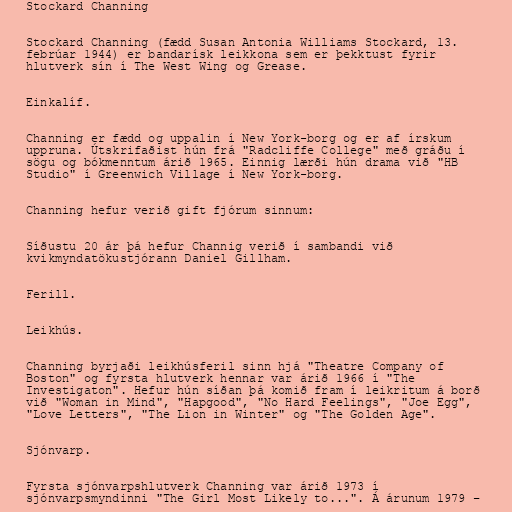
Stockard Channing

Stockard Channing (fædd Susan Antonia Williams Stockard, 13.
febrúar 1944) er bandarísk leikkona sem er þekktust fyrir
hlutverk sín í The West Wing og Grease.

Einkalíf.

Channing er fædd og uppalin í New York-borg og er af írskum
uppruna. Útskrifaðist hún frá "Radcliffe College" með gráðu í
sögu og bókmenntum árið 1965. Einnig lærði hún drama við "HB
Studio" í Greenwich Village í New York-borg.

Channing hefur verið gift fjórum sinnum:

Síðustu 20 ár þá hefur Channig verið í sambandi við
kvikmyndatökustjórann Daniel Gillham.

Ferill.

Leikhús.

Channing byrjaði leikhúsferil sinn hjá "Theatre Company of
Boston" og fyrsta hlutverk hennar var árið 1966 í "The
Investigaton". Hefur hún síðan þá komið fram í leikritum á borð
við "Woman in Mind", "Hapgood", "No Hard Feelings", "Joe Egg",
"Love Letters", "The Lion in Winter" og "The Golden Age".

Sjónvarp.

Fyrsta sjónvarpshlutverk Channing var árið 1973 í
sjónvarpsmyndinni "The Girl Most Likely to...". Á árunum 1979 –